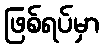
ဖြစ်ရပ်မှာ